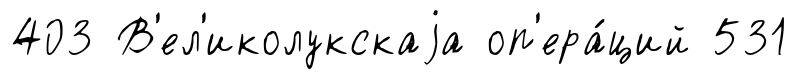
403 В'ел'иколукскаjа оп'ера́ций 531